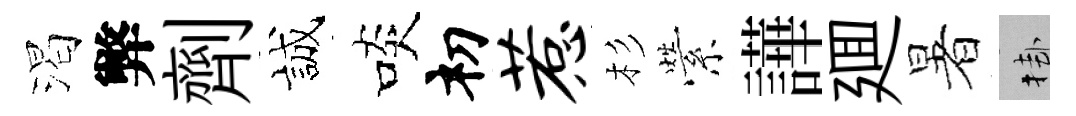
渴弊劑誠啖𥘉惹杉縈譁廽暑挂